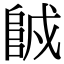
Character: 𨹇